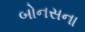
બોનસના